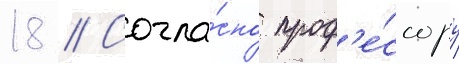
18 // Согла́сно проф'е́ссору